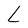
Character: L